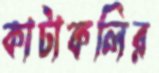
কাটাকলির